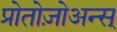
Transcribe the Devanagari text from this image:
प्रोतोज़ोअन्स्